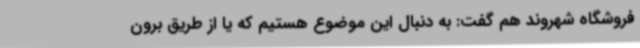
فروشگاه شهروند هم گفت: به دنبال این موضوع هستیم که یا از طریق برون